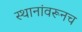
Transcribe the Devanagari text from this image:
स्थानांवरूनच